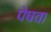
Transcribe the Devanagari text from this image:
पेषवा